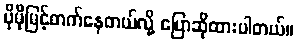
ပိုမိုမြင့်တက်နေတယ်လို့ ပြောဆိုထားပါတယ်။